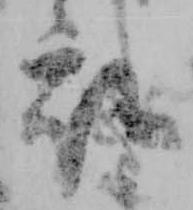
衣